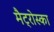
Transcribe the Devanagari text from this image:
मैट्रोस्का